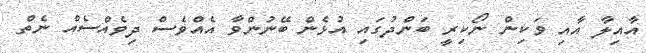
އާއިލާ އާއި ވަކިން ނޯކިރީ ބަންދުގައި އުޅެން ބޭނުންވާ އެއްވެސް ދިވެއްސެއް ނެތް